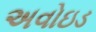
અવોઇડ